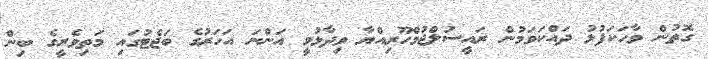
ގޮތުން ވާހަކަފުޅު ދައްކަވަމުން ރައީސުލްޖުމްހޫރިއްޔާ ވިދާޅުވީ އަންނަ އަހަރުގެ ބަޖެޓުގައި މަތިވެރީގެ ބިން